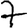
Digit: 7